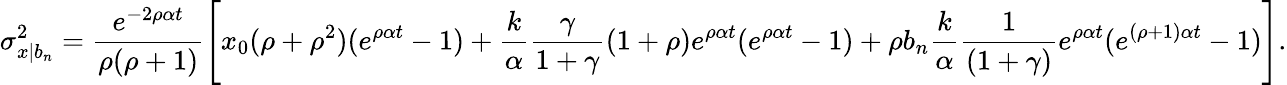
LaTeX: \sigma_{x|b_{n}}^{2}=\frac{e^{-2\rho\alpha t}}{\rho(\rho+1)}\Bigg[x_{0}(\rho+\rho^{2})(e^{\rho\alpha t}-1)+\frac{k}{\alpha}\frac{\gamma}{1+\gamma}(1+\rho)e^{\rho\alpha t}(e^{\rho\alpha t}-1)+\rho b_{n}\frac{k}{\alpha}\frac{1}{(1+\gamma)}e^{\rho\alpha t}(e^{(\rho+1)\alpha t}-1)\Bigg].